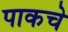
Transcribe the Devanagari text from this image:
पाकचे